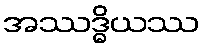
အဿဒ္ဓိယဿ